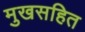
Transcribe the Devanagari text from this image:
मुखसहित